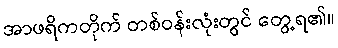
အာဖရိကတိုက် တစ်ဝန်းလုံးတွင် တွေ့ရ၏။